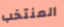
المنتخب